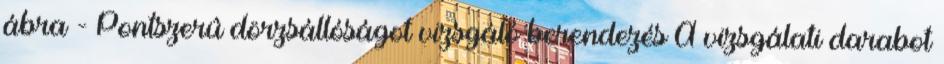
ábra - Pontszerû dörzsállóságot vizsgáló berendezés A vizsgálati darabot